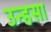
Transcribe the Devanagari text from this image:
उन्हसा